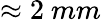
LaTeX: \approx 2~mm